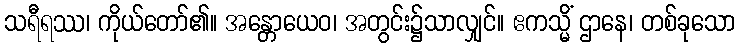
သရီရဿ၊ ကိုယ်တော်၏။ အန္တောယေဝ၊ အတွင်း၌သာလျှင်။ ဧကသ္မိံ ဌာနေ၊ တစ်ခုသော